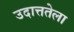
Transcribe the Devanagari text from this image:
उदात्ततेला